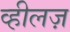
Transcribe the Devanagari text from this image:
व्हीलज़